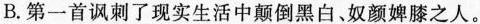
B.第一首讽刺了现实生活中颠倒黑白、奴颜婢膝之人。